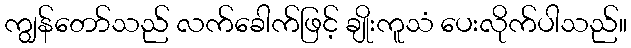
ကျွန်တော်သည် လက်ခေါက်ဖြင့် ချိုးကူသံ ပေးလိုက်ပါသည်။